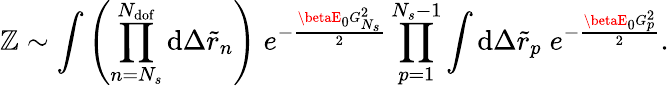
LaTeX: \mathbb{Z}\sim\int{\left(\prod_{n=N_{s}}^{N_{\mathrm{{dof}}}}{\mathrm{{d}}\Delta\tilde{{r}}_{n}}\right)\; e^{-\frac{{\betaE_{0}G_{N_{s}}^{2}}}{{2}}}}\prod_{p=1}^{N_{s}-1}{\int{\mathrm{{d}}\Delta\tilde{{r}}_{p}}\; e^{-\frac{{\betaE_{0}G_{p}^{2}}}{{2}}}}.